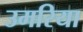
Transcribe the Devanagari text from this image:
उमरिया